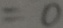
= 0